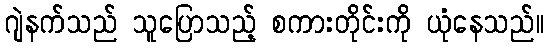
ဂျဲနက်သည် သူပြောသည့် စကားတိုင်းကို ယုံနေသည်။